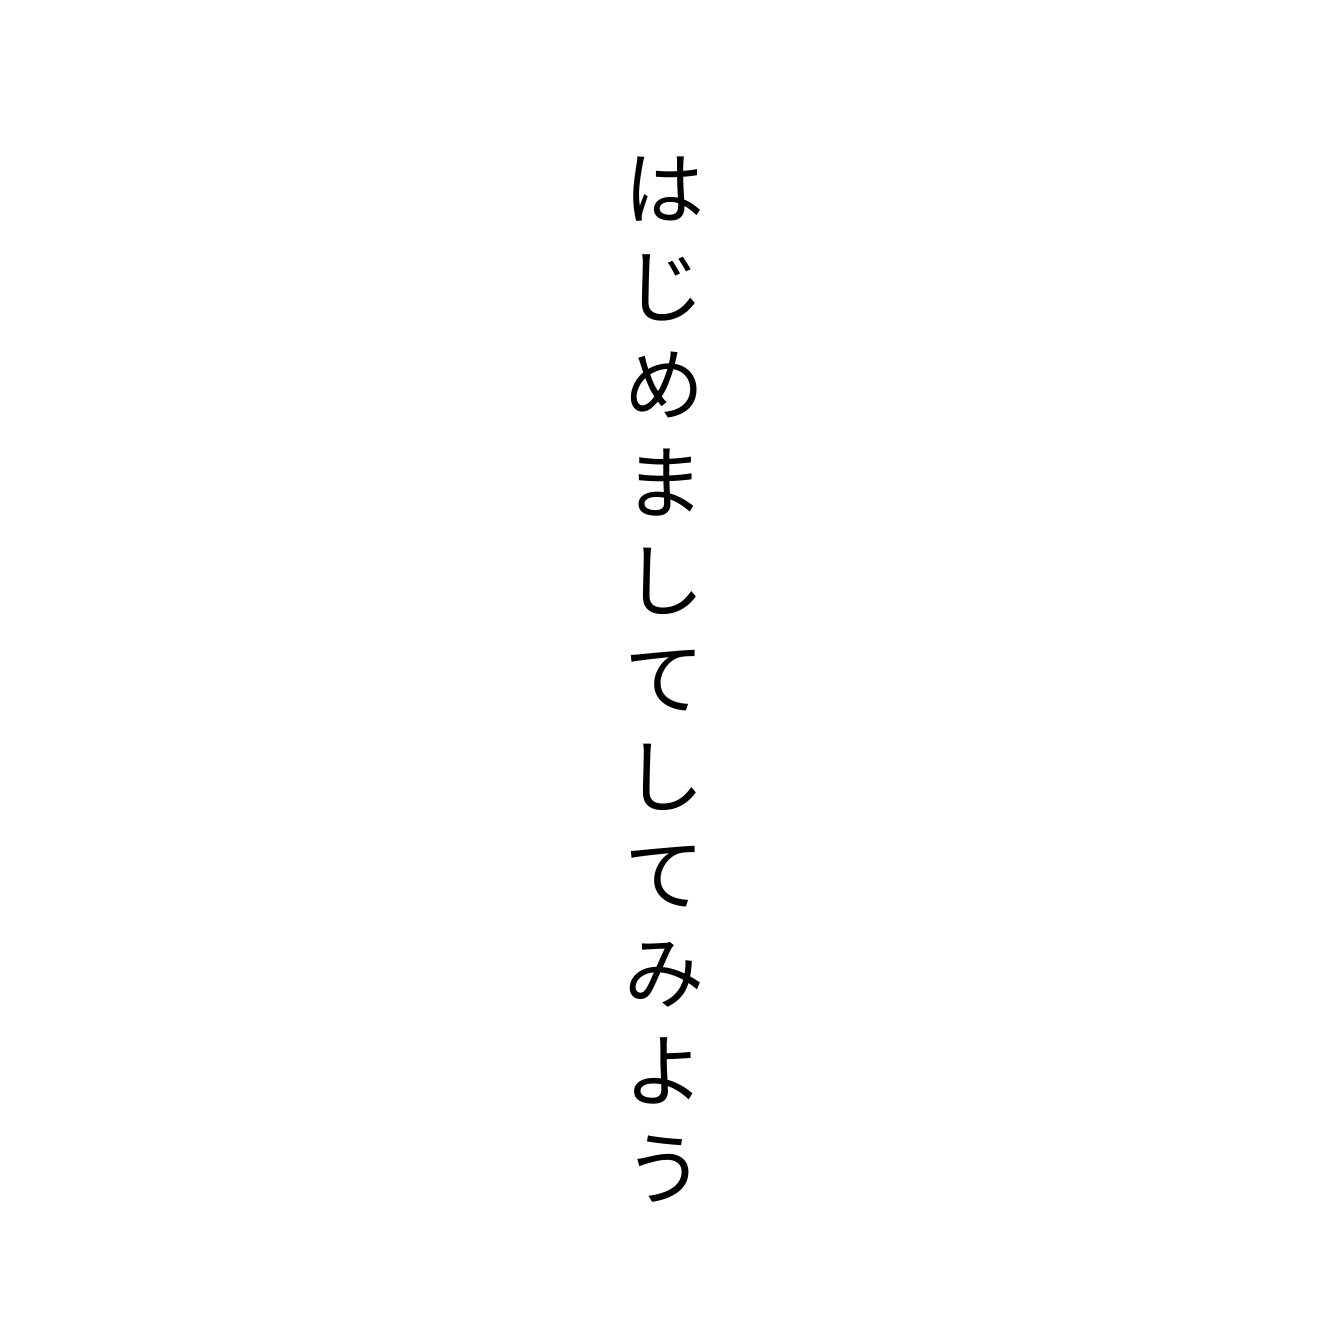
はじめましてしてみよう